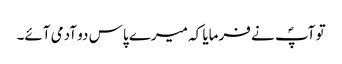
تو آپؐ نے فرمایا کہ میرے پاس دو آدمی آئے۔